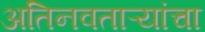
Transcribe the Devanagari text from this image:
अतिनवताऱ्यांचा